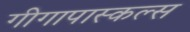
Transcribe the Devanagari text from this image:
गीगापास्कल्स